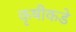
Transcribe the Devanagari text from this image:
कृषीकडे